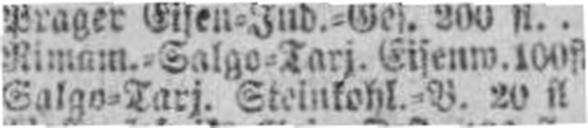
Salgo=Tarj. Steinkohl.=B. 20 fl.